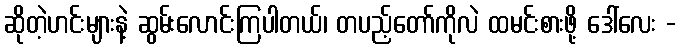
ဆိုတဲ့ဟင်းများနဲ့ ဆွမ်းလောင်းကြပါတယ်၊ တပည့်တော်ကိုလဲ ထမင်းစားဖို့ ဒေါ်လေး -